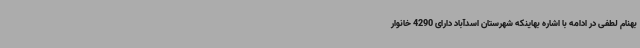
بهنام لطفی در ادامه با اشاره بهاینکه شهرستان اسدآباد دارای 4290 خانوار